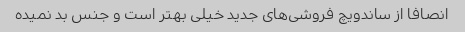
انصافا از ساندویچ فروشی‌های جدید خیلی بهتر است و جنس بد نمیده